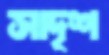
সাদৃশ